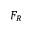
F _ { R }